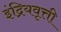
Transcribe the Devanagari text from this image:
इंद्रियवृत्ती